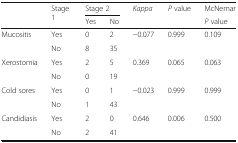
<table><thead><tr><td rowspan="2"></td><td rowspan="2"><b>Stage 1</b></td><td colspan="2"><b>Stage 2</b></td><td rowspan="2"><b><i>Kappa</i></b></td><td rowspan="2"><b><i>P</i> value</b></td><td><b>McNemar</b></td></tr><tr><td><b>Yes</b></td><td><b>No</b></td><td><b><i>P</i> value</b></td></tr></thead><tbody><tr><td rowspan="2">Mucositis</td><td>Yes</td><td>0</td><td>2</td><td rowspan="2">−0.077</td><td rowspan="2">0.999</td><td rowspan="2">0.109</td></tr><tr><td>No</td><td>8</td><td>35</td></tr><tr><td rowspan="2">Xerostomia</td><td>Yes</td><td>2</td><td>5</td><td rowspan="2">0.369</td><td rowspan="2">0.065</td><td rowspan="2">0.063</td></tr><tr><td>No</td><td>0</td><td>19</td></tr><tr><td rowspan="2">Cold sores</td><td>Yes</td><td>0</td><td>1</td><td rowspan="2">−0.023</td><td rowspan="2">0.999</td><td rowspan="2">0.999</td></tr><tr><td>No</td><td>1</td><td>43</td></tr><tr><td rowspan="2">Candidiasis</td><td>Yes</td><td>2</td><td>0</td><td rowspan="2">0.646</td><td rowspan="2">0.006</td><td rowspan="2">0.500</td></tr><tr><td>No</td><td>2</td><td>41</td></tr></tbody></table>